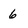
Character: 6